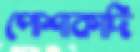
পোশাকাদি